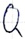
Text: Q